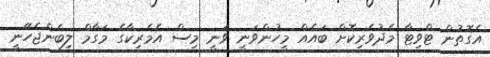
އެގޮތުން ޓްވިޓާ މެދުވެރިކޮށް ބައެއް މީހުންވަނީ ވަނީ މިސް އެމެރިކާގެ މަގާމް ލިބެންޖެހޭނީ